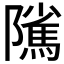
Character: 隲